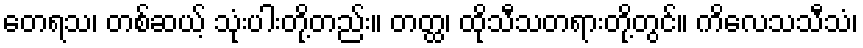
တေရသ၊ တစ်ဆယ့် သုံးပါးတို့တည်း။ တတ္ထ၊ ထိုသီသတရားတို့တွင်။ ကိလေသသီသံ၊